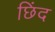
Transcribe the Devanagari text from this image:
छिंद